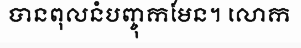
បានពុលនំបញ្ចុកមែន។ លោក